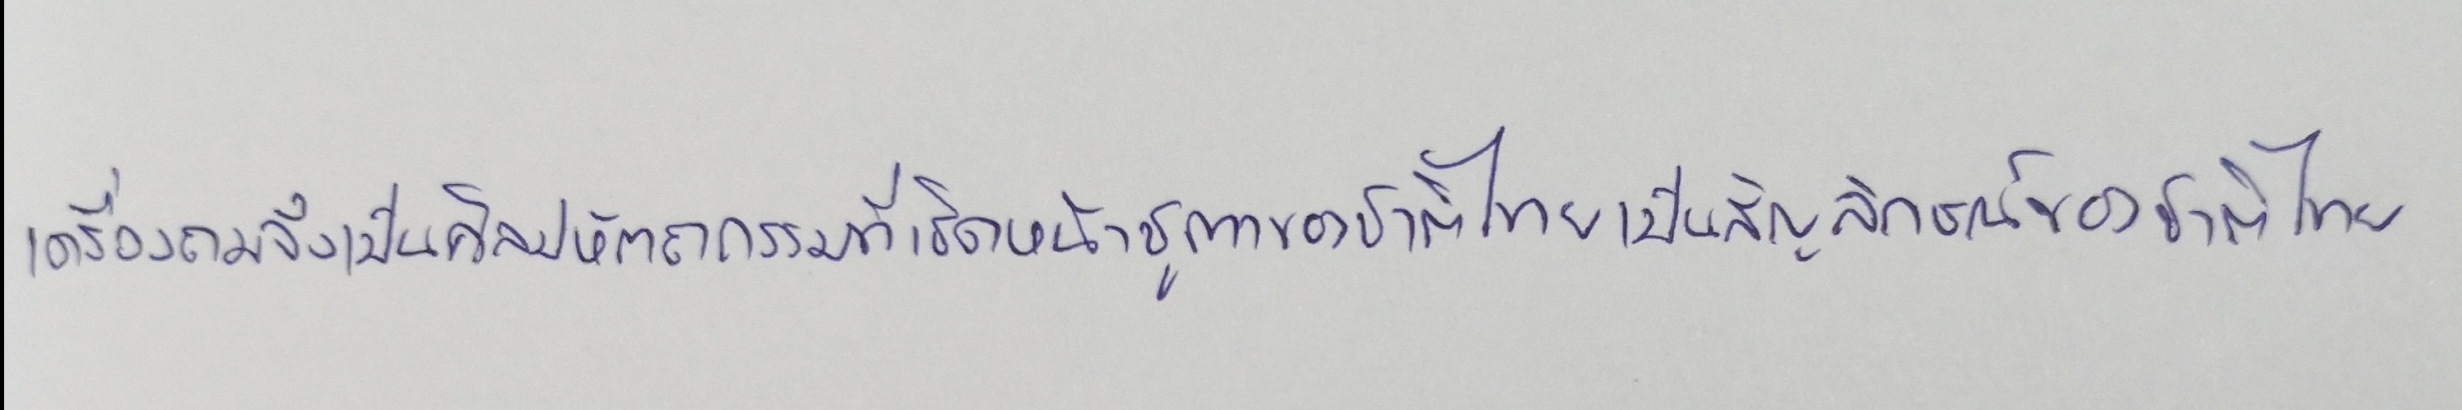
เครื่องถมจึงเป็นศิลปหัตถกรรมที่เชิดหน้าชูตาของชาติไทยเป็นสัญลักษณ์ของชาติไทย